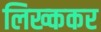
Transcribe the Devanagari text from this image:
लिख्ककर